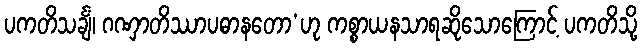
ပကတိသင်္ချံ၊ ဂဏှာတိဿာပဓာနတော’ဟု ကစ္စာယနသာရဆိုသောကြောင့် ပကတိသို့